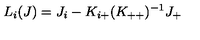
L _ { i } ( J ) = J _ { i } - K _ { i + } ( K _ { + + } ) ^ { - 1 } J _ { + }